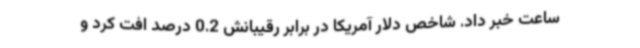
ساعت خبر داد. شاخص دلار آمریکا در برابر رقیبانش 0.2 درصد افت کرد و